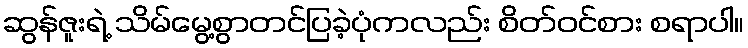
ဆွန်ဇူးရဲ့ သိမ်မွေ့စွာတင်ပြခဲ့ပုံကလည်း စိတ်ဝင်စား စရာပါ။